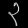
Digit: ၃